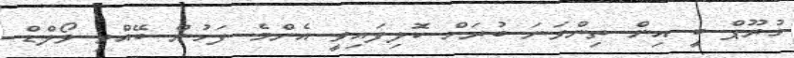
ގުރޫޕް ބީ އިން ތިންވަނަ ބުރަށް ކޮލިފައިވީ އެންމެ ފަހުން ބޭއްވި ވޯލްޑް